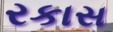
રકાસ